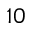
_ { 1 0 }